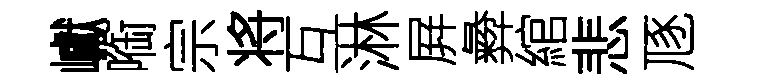
巘㗸宗将互淋屛彜綰悲豗